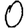
Digit: 0